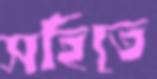
সহিতে